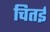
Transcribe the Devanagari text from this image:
चितई